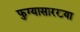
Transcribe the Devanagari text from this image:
फुग्यासारख्या